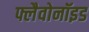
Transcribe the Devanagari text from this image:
फ्लैवोनॉइड